Vaccine operations Central Provinces 1868-1885 - 1868-1885
Year: 1868
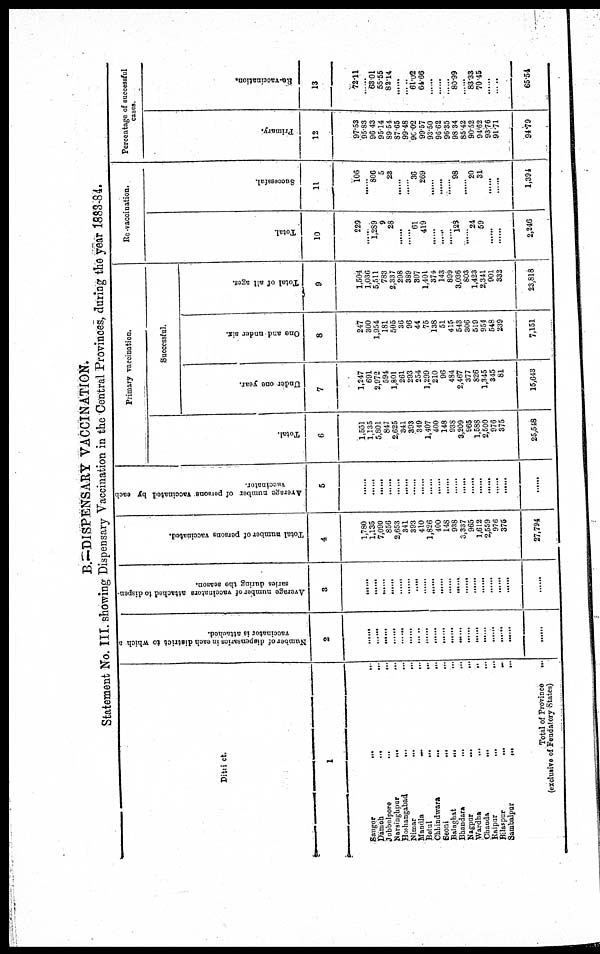
B.— DISPENSARY VACCINATION.
Statement No. III. showing Dispensary Vaccination in the Central Provinces, during the year 1883-84.
District.
1
Saugor... ...
Damoh...
...
Jubbalpore...
...
Narsinghpur...
...
Hothangabad...
...
Nimar...
...
Mandla...
...
...
Betul...
...
Chhindwara... ...
Seoni...
...
Balaghat...
...
Bhandara...
...
Nagpur... ...
Wardha...
...
Chanda...
...
Raipur...
...
Bilaspur...
...
Sambalpur...
...
Total of Province
...
(exclusive of Feudatory states)
Number of dispensaries in each district to which a
vaccinator is attached.
2
......
......
......
......
......
......
......
......
......
......
......
......
...
......
......
......
......
......
Average number of vaccinators attached to dispen-
saries during the season.
3
......
......
......
......
......
......
......
......
......
......
......
......
......
......
......
......
......
......
......
Total number of persons vaccinated.
4
1,780
1,135
7,090
856
2,653
341
393
410
1,826
400
148
938
3,337
965
1,612
2,559
976
375
27,794
Average number of persons vaccinated by each
vaccinator.
5
......
......
......
......
......
......
......
......
......
......
......
......
......
......
......
......
......
......
Primary vaccination.
Total.
6
1,551
1,135
5,801
847
2,625
341
393
349
1,407
400
148
938
3,209
965
1,588
2,500
976
375
25,548
Successful.
Under one year.
7
1,247
691
2,972
594
1,801
261
293
254
1,299
210
96
484
2,467
377
826
1,345
345
81
15,643
One and under six.
8
247
300
1,954
181
505
36
96
44
75
138
51
415
543
306
519
954
548
239
7,151
Total of all ages.
9
1,504
1,036
5,511
783
2,337
298
389
307
1,401
374
143
899
3,036
803
1,423
2,341
901
332
23,818
Re-vaccination.
Total.
10
229
......
1,289
9
28
......
......
61
419
......
......
......
123
......
24
59
......
......
2,246
Successful.
11
106
......
806
5
23
......
......
36
269
......
......
......
98
......
20
31
......
......
1,394
Percentage of successful
cases.
Primary.
12
97.53
95.83
96.43
95.14
89.54
87.65
99.48
90.02
99.57
93.50
96.62
96.35
98.34
85.42
90.52
94.62
93.76
91.71
94.79
Re-vaccination.
13
72.11
......
63.01
55.55
82.14
......
......
61.02
64.66
......
......
......
80.99
......
83.33
70.45
......
65.54